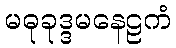
မဓုခုဒ္ဒမနေဠကံ